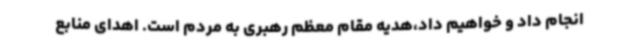
انجام داد و خواهیم داد،هدیه مقام معظم رهبری به مردم است. اهدای منابع